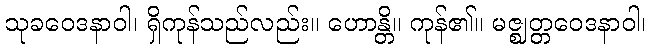
သုခဝေဒနာဝါ၊ ရှိကုန်သည်လည်း။ ဟောန္တိ။ ကုန်၏။ မဇ္ဈတ္တဝေဒနာဝါ၊